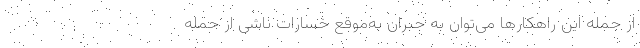
از جمله این راهکارها می‌توان به جبران به‌موقع خسارات ناشی از حمله